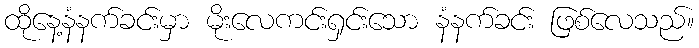
ထိုနေ့နံနက်ခင်းမှာ မိုးလေကင်းရှင်းသော နံနက်ခင်း ဖြစ်လေသည်။